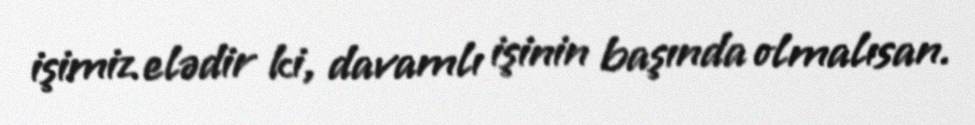
işimiz elədir ki, davamlı işinin başında olmalısan.